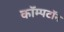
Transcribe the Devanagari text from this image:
कॉम्पटॉन